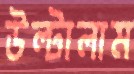
উল্টালাম